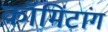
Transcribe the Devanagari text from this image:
कॉमिंटांग